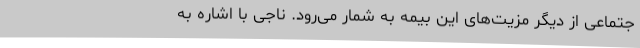
جتماعی از دیگر مزیت‌های این بیمه به شمار می‌رود. ناجی با اشاره به